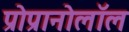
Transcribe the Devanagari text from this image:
प्रोप्रानोलॉल